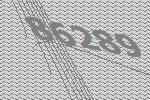
86289